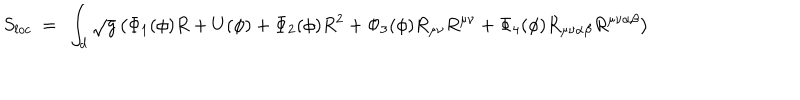
S _ { l o c } ~ = ~ \int _ { d } \sqrt { g } \left( \Phi _ { 1 } ( \phi ) R + U ( \phi ) + \Phi _ { 2 } ( \phi ) R ^ { 2 } + \Phi _ { 3 } ( \phi ) R _ { \mu \nu } R ^ { \mu \nu } + \Phi _ { 4 } ( \phi ) R _ { \mu \nu \alpha \beta } R ^ { \mu \nu \alpha \beta } \right)